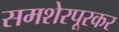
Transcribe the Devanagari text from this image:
समशेरपूरकर